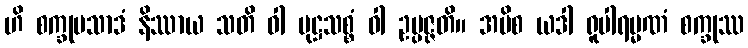
ဟိ စက္ခုပသာဒံ နိဿာယ သတိ ဝါ မုဋ္ဌသစ္စံ ဝါ ဥပ္ပဇ္ဇတိ။ အပိစ ယဒါ ရူပါရမ္မဏံ စက္ခုဿ